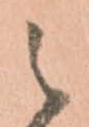
之